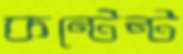
কন্টেন্ট